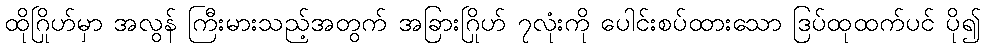
ထိုဂြိုဟ်မှာ အလွန် ကြီးမားသည့်အတွက် အခြားဂြိုဟ် ၇လုံးကို ပေါင်းစပ်ထားသော ဒြပ်ထုထက်ပင် ပို၍